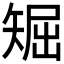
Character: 𥏘